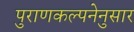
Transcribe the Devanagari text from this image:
पुराणकल्पनेनुसार